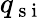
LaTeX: q_{\mathrm{~s~i~}}